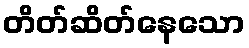
တိတ်ဆိတ်နေသော